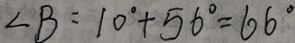
\angle B = 1 0 ^ { \circ } + 5 6 ^ { \circ } = 6 6 ^ { \circ }